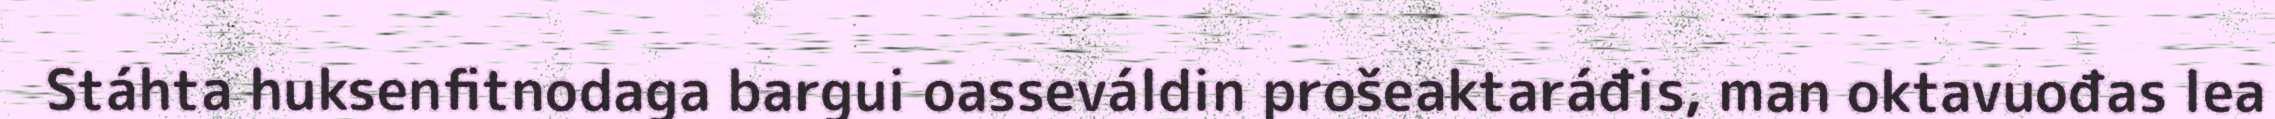
Stáhta huksenfitnodaga bargui oasseváldin prošeaktaráđis, man oktavuođas lea